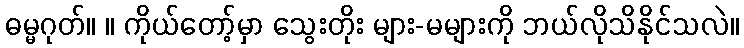
ဓမ္မဂုတ်။ ။ ကိုယ်တော့်မှာ သွေးတိုး များ-မများကို ဘယ်လိုသိနိုင်သလဲ။